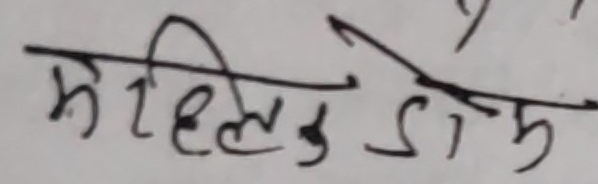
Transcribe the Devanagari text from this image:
महिलुङ डोम